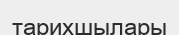
тарихшылары